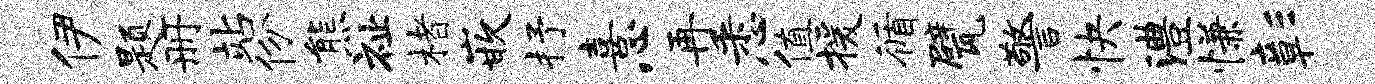
伊题册站份熊祉楮嵌抒喜心再悉值援循甓警快澧慊彰